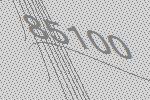
85100